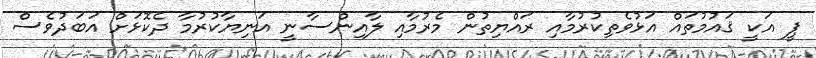
ޕީ އަކީ ޤައުމުތައް އަޅުވެތިކުރުމާއި ރައްޔިތުން މެރުމާއި ލާއިންސާނީ އަނިޔާކުރުމާ ދެކޮޅަށް އަބަދުވެސް